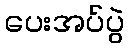
ပေးအပ်ပွဲ